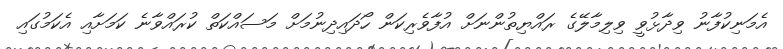
އެމަނިކުފާނު ވިދާޅުވީ ވިލިމާލޭގެ ރައްޔިތުންނަށް އުފާވެރިކަން ހޯދައިދިނުމަށް މަސައްކަތް ކުރައްވާނެ ކަމަށާއި އެކަމުގައި